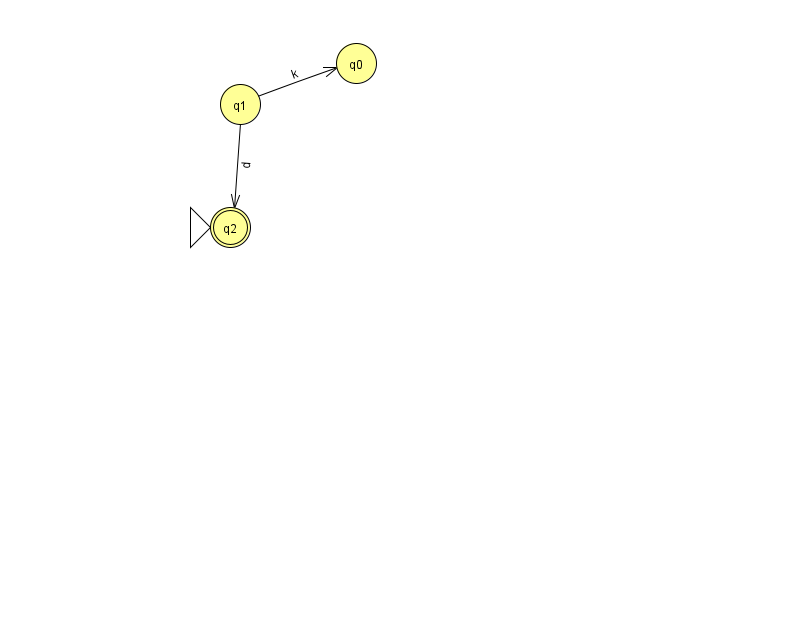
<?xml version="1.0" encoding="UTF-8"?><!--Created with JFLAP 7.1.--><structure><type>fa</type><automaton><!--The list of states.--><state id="0" name="q0"><x>356.0</x><y>50.0</y></state><state id="1" name="q1"><x>240.0</x><y>91.0</y></state><state id="2" name="q2"><x>230.0</x><y>214.0</y><initial/><final/></state><!--The list of transitions.--><transition><from>1</from><to>2</to><read>d</read></transition><transition><from>1</from><to>0</to><read>k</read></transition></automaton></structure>